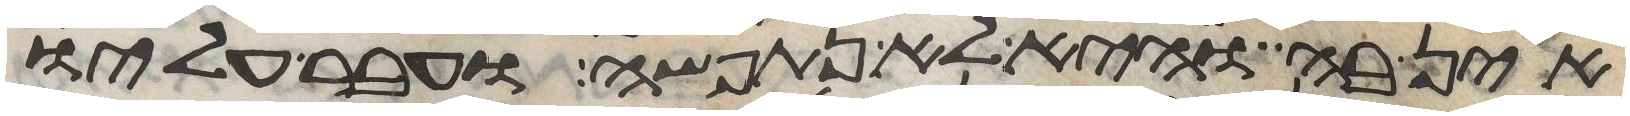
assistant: אין בה והיא לא נתפשה ועבר עליו